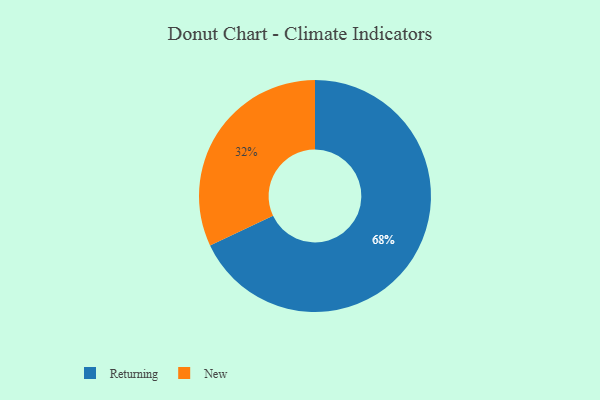
{"axis": {"x": "Category", "y": "Percentage"}, "legend": ["New", "Returning"], "data": [{"x": "Returning", "y": 68, "type": "Returning"}, {"x": "New", "y": 32, "type": "New"}]}